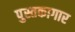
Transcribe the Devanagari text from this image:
पुस्तकागार